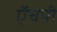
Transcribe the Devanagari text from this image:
ऍचपी